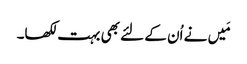
مَیں نے اُن کے لئے بھی بہت لکھا۔